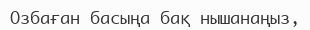
Озбаған басыңа бақ нышанаңыз,